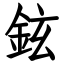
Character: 鉉